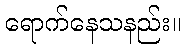
ရောက်နေသနည်း။